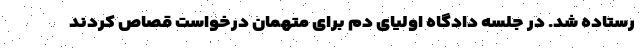
رستاده شد. در جلسه دادگاه اولیای دم برای متهمان درخواست قصاص کردند